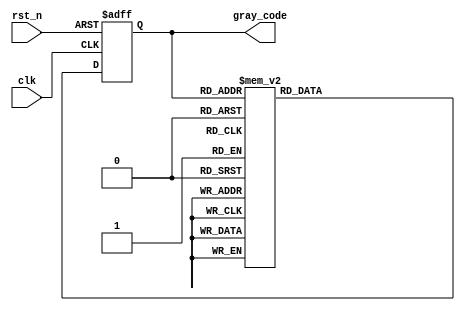
module Gray_ring_counter (
    input wire clk,
    input wire rst_n,
    output reg [3:0] gray_code
);

reg [3:0] next_gray_code;
reg [3:0] current_gray_code;

always @(posedge clk or negedge rst_n) begin
    if (~rst_n) begin
        current_gray_code <= 4'b0000;
    end else begin
        current_gray_code <= next_gray_code;
    end
end

always @(*) begin
    case(current_gray_code)
        4'b0000: next_gray_code = 4'b0001;
        4'b0001: next_gray_code = 4'b0011;
        4'b0011: next_gray_code = 4'b0010;
        4'b0010: next_gray_code = 4'b0110;
        4'b0110: next_gray_code = 4'b0111;
        4'b0111: next_gray_code = 4'b0101;
        4'b0101: next_gray_code = 4'b0100;
        4'b0100: next_gray_code = 4'b1100;
        4'b1100: next_gray_code = 4'b1101;
        4'b1101: next_gray_code = 4'b1111;
        4'b1111: next_gray_code = 4'b1110;
        default: next_gray_code = 4'b0000;
    endcase
end

assign gray_code = current_gray_code;

endmodule